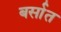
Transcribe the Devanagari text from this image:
बर्सात